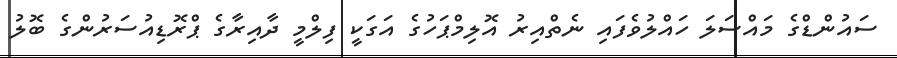
ސައުންޑްގެ މައްސަލަ ހައްލުވެފައި ނެތްއިރު އޮލިމްޕަހުގެ އަގަކީ ފިލްމީ ދާއިރާގެ ޕްރޮޑިއުސަރުންގެ ބޮލު